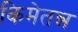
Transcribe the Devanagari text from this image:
किमेतन्न